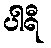
ပါရီ